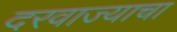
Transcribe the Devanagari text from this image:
दरवाज्याचा